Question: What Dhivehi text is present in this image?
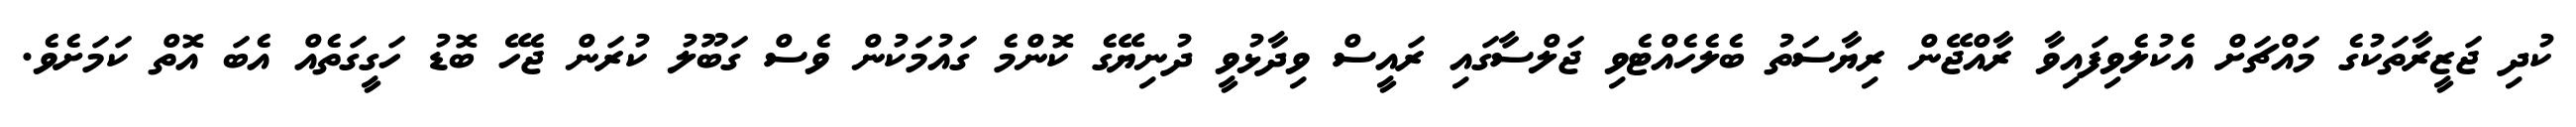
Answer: ކުދި ޖަޒީރާތަކުގެ މައްޗަށް އެކުލެވިފައިވާ ރާއްޖޭން ރިޔާސަތު ބެލެހެއްޓެވި ޖަލްސާގައި ރައީސް ވިދާޅުވީ ދުނިޔޭގެ ކޮންމެ ގައުމަކުން ވެސް ގަބޫލު ކުރަން ޖެހޭ ބޮޑު ހަގީގަތެއް އެބަ އޮތް ކަމަށެވެ.